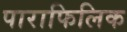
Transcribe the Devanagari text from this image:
पाराफिलिक